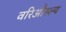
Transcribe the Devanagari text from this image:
वरिऔस्ल्य